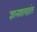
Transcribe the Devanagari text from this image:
ज्ञानशाखांत